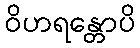
ဝိဟရန္တောပိ